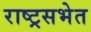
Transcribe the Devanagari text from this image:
राष्ट्रसभेत